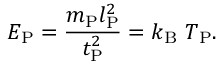
E _ { \mathrm { P } } = { \frac { m _ { \mathrm { P } } l _ { \mathrm { P } } ^ { 2 } } { t _ { \mathrm { P } } ^ { 2 } } } = k _ { \mathrm { B } } \ T _ { \mathrm { P } } .